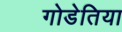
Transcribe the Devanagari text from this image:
गोडेतिया